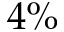
4 \%